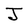
Character: J